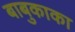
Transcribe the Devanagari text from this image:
बाबुकाका